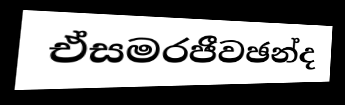
ඒසමරජීවඡන්ද